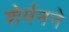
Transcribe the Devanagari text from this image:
शेर्मनने